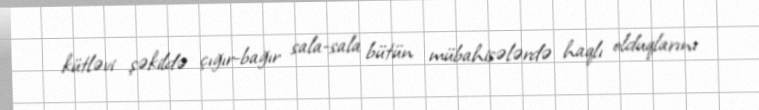
kütləvi şəkildə çığır-bağır sala-sala bütün mübahisələrdə haqlı olduqlarını